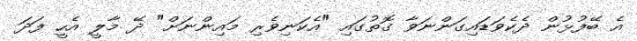
އެ ބޭފުޅުން ދެކެވަޑައިގަންނަވާ ގޮތުގައި "އެކަނިވެރި މައިންނަށް" ދޭ މާލީ އެހީ ފަދަ